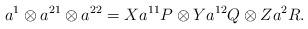
LaTeX: \begin{gather*}a^1\otimes a^{21}\otimes a^{22} = Xa^{11}P\otimes Ya^{12}Q \otimes Z a^2 R.\end{gather*}